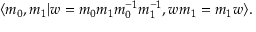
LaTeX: \langle m _ { 0 } , m _ { 1 } \vert w = m _ { 0 } m _ { 1 } m _ { 0 } ^ { - 1 } m _ { 1 } ^ { - 1 } , w m _ { 1 } = m _ { 1 } w \rangle .